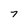
Character: 7